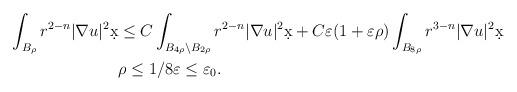
LaTeX: \begin{align*}\int_{B_{\rho}} r^{2-n} |\nabla u|^2 \d x &\leq C \int_{B_{4\rho} \setminus B_{2\rho}} r^{2-n} |\nabla u|^2 \d x + C \varepsilon(1 + \varepsilon \rho) \int_{B_{8\rho}} r^{3-n}|\nabla u|^2 \d x\\& \rho \leq 1/8 \varepsilon \leq \varepsilon_0.\end{align*}